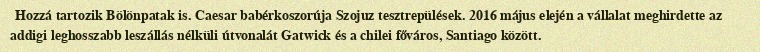
Hozzá tartozik Bölönpatak is. Caesar babérkoszorúja Szojuz tesztrepülések. 2016 május elején a vállalat meghirdette az addigi leghosszabb leszállás nélküli útvonalát Gatwick és a chilei főváros, Santiago között.